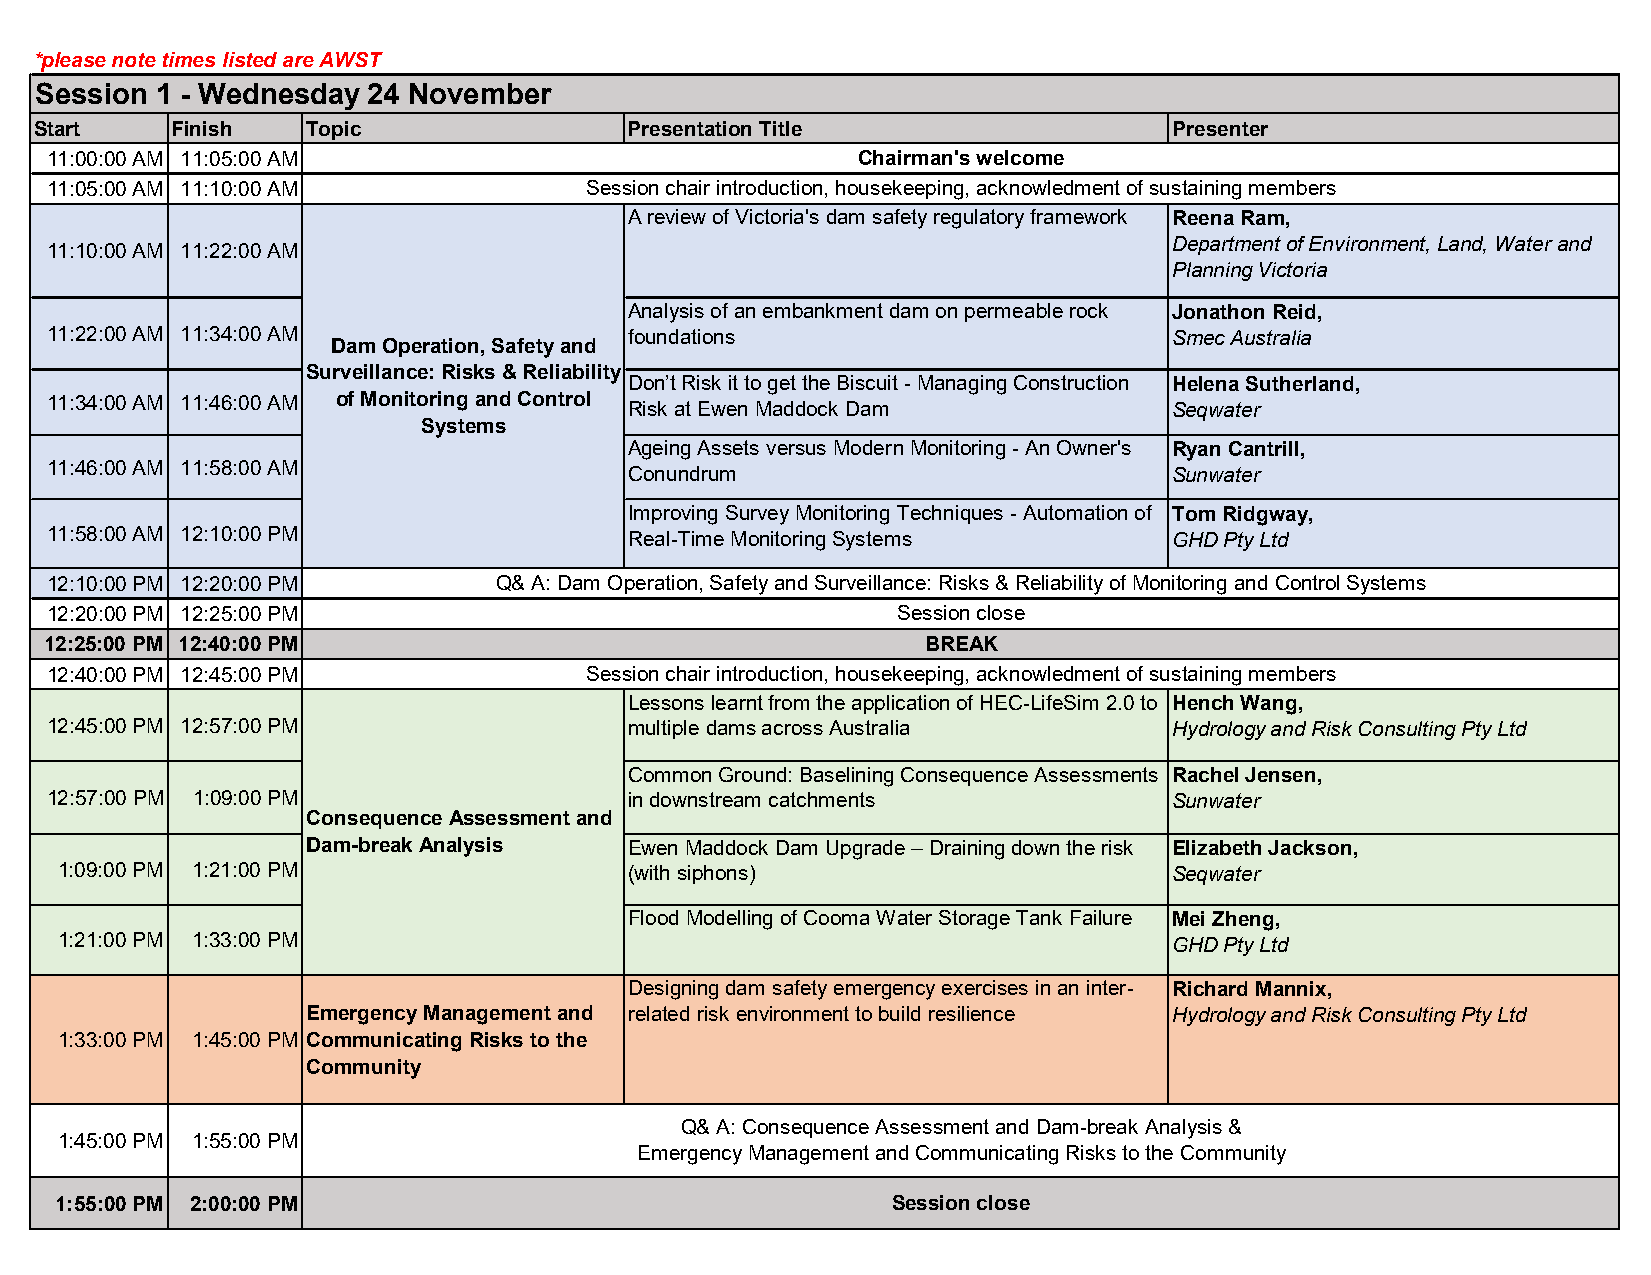
*please note times listed are AWST
 Session 1 - Wednesday 24 November
 Start    Finish   Topic                 Presentation Title                  Presenter
 11:00:00 AM 11:05:00 AM                               Chairman's welcome
 11:05:00 AM 11:10:00 AM             Session chair introduction, housekeeping, acknowledment of sustaining members
 A review of Victoria's dam safety regulatory framework Reena Ram,
 Department of Environment, Land, Water and
 11:10:00 AM 11:22:00 AM
 Planning Victoria
 Analysis of an embankment dam on permeable rock Jonathon Reid,
 11:22:00 AM 11:34:00 AM                foundations                         Smec Australia
 Dam Operation, Safety and
 Surveillance: Risks & Reliability
 Don’t Risk it to get the Biscuit - Managing Construction Helena Sutherland,
 11:34:00 AM 11:46:00 AM of Monitoring and Control Risk at Ewen Maddock Dam Seqwater
 Systems
 Ageing Assets versus Modern Monitoring - An Owner's Ryan Cantrill,
 11:46:00 AM 11:58:00 AM
 Conundrum                           Sunwater
 Improving Survey Monitoring Techniques - Automation of Tom Ridgway,
 11:58:00 AM 12:10:00 PM                Real-Time Monitoring Systems        GHD Pty Ltd
 12:10:00 PM 12:20:00 PM       Q& A: Dam Operation, Safety and Surveillance: Risks & Reliability of Monitoring and Control Systems
 12:20:00 PM 12:25:00 PM                                 Session close
 12:25:00 PM 12:40:00 PM                                   BREAK
 12:40:00 PM 12:45:00 PM             Session chair introduction, housekeeping, acknowledment of sustaining members
 Lessons learnt from the application of HEC-LifeSim 2.0 to Hench Wang,
 12:45:00 PM 12:57:00 PM                multiple dams across Australia      Hydrology and Risk Consulting Pty Ltd
 Common Ground: Baselining Consequence Assessments Rachel Jensen,
 12:57:00 PM 1:09:00 PM                 in downstream catchments            Sunwater
 Consequence Assessment and
 Dam-break Analysis    Ewen Maddock Dam Upgrade – Draining down the risk Elizabeth Jackson,
 1:09:00 PM 1:21:00 PM                 (with siphons)                      Seqwater
 Flood Modelling of Cooma Water Storage Tank Failure Mei Zheng,
 1:21:00 PM 1:33:00 PM                                                     GHD Pty Ltd
 Designing dam safety emergency exercises in an inter- Richard Mannix,
 Emergency Management and related risk environment to build resilience Hydrology and Risk Consulting Pty Ltd
 1:33:00 PM 1:45:00 PM Communicating Risks to the
 Community
 Q& A: Consequence Assessment and Dam-break Analysis &
 1:45:00 PM 1:55:00 PM
 Emergency Management and Communicating Risks to the Community
 1:55:00 PM 2:00:00 PM                                  Session close